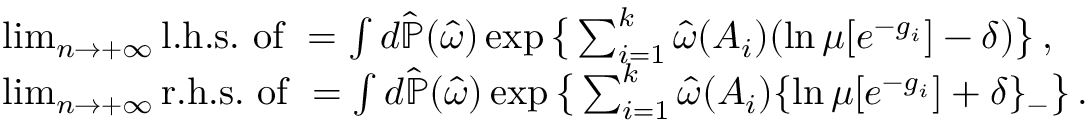
\begin{array} { r l } & { \operatorname* { l i m } _ { n \to + \infty } \mathrm { l . h . s . ~ o f ~ } = \int d \hat { \ensuremath { \mathbb P } } ( \hat { \omega } ) \exp \big \{ \sum _ { i = 1 } ^ { k } \hat { \omega } ( A _ { i } ) ( \ln \mu [ e ^ { - g _ { i } } ] - \delta ) \big \} \, , } \\ & { \operatorname* { l i m } _ { n \to + \infty } \mathrm { r . h . s . ~ o f ~ } = \int d \hat { \ensuremath { \mathbb P } } ( \hat { \omega } ) \exp \big \{ \sum _ { i = 1 } ^ { k } \hat { \omega } ( A _ { i } ) \{ \ln \mu [ e ^ { - g _ { i } } ] + \delta \} _ { - } \big \} \, . } \end{array}